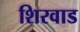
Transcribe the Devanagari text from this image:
शिरवाड